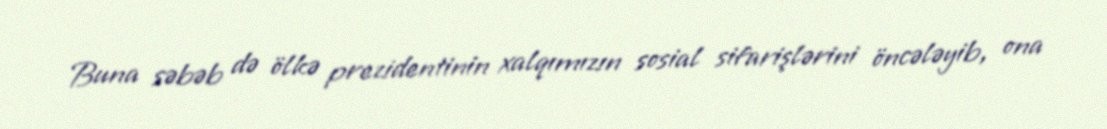
Buna səbəb də ölkə prezidentinin xalqımızın sosial sifarişlərini öncələyib, ona